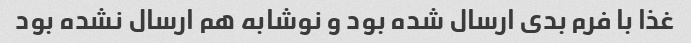
غذا با فرم بدی ارسال شده بود و نوشابه هم ارسال نشده بود